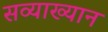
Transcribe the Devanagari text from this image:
सव्याख्यान